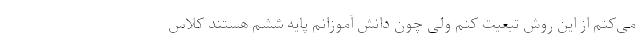
می‌کنم از این روش تبعیت کنم ولی چون دانش آموزانم پایه ششم هستند کلاس